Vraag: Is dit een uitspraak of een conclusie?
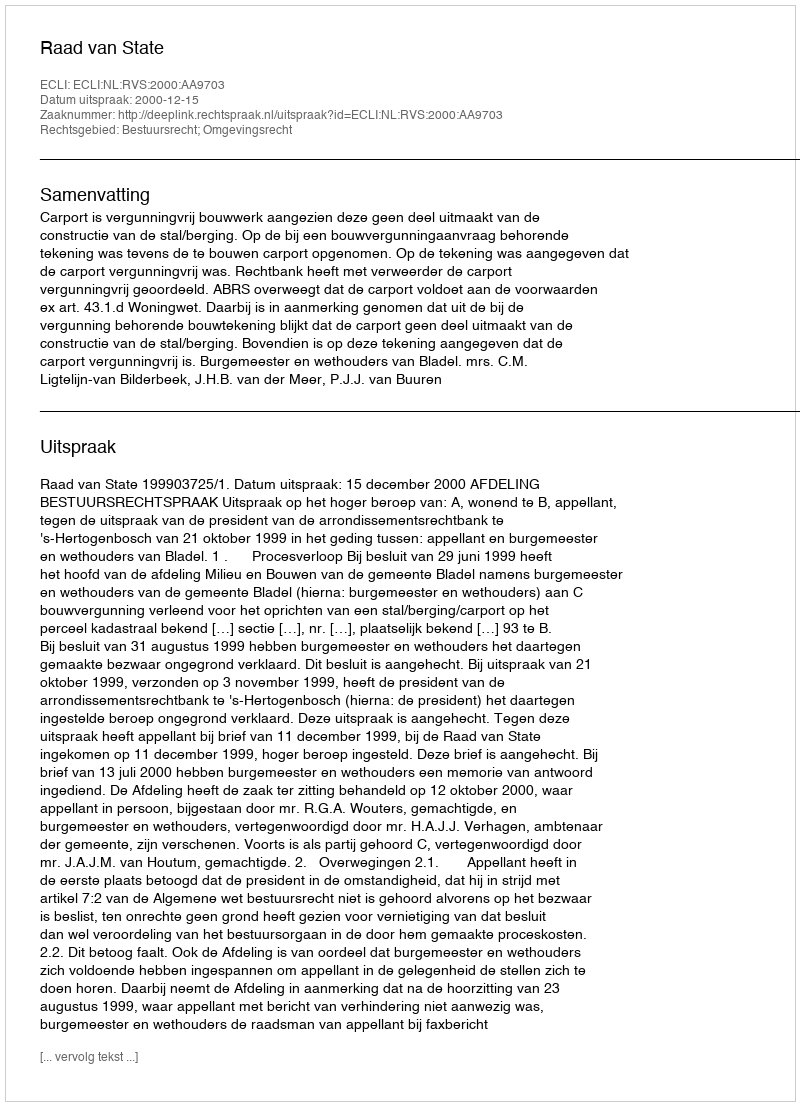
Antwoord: Uitspraak